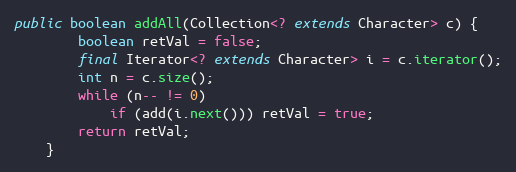
Language: Java
public boolean addAll(Collection<? extends Character> c) {
        boolean retVal = false;
        final Iterator<? extends Character> i = c.iterator();
        int n = c.size();
        while (n-- != 0)
            if (add(i.next())) retVal = true;
        return retVal;
    }